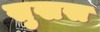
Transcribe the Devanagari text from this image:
सुखस